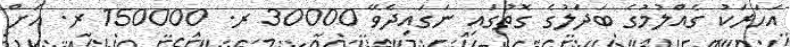
އަހަރަކު ގެއްލުމުގެ ބަދަލުގެ ގޮތުގައި ނަގައިދެވޭ 30000 ރ. 150000 ރ. އަށް